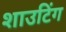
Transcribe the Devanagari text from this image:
शाउटिंग